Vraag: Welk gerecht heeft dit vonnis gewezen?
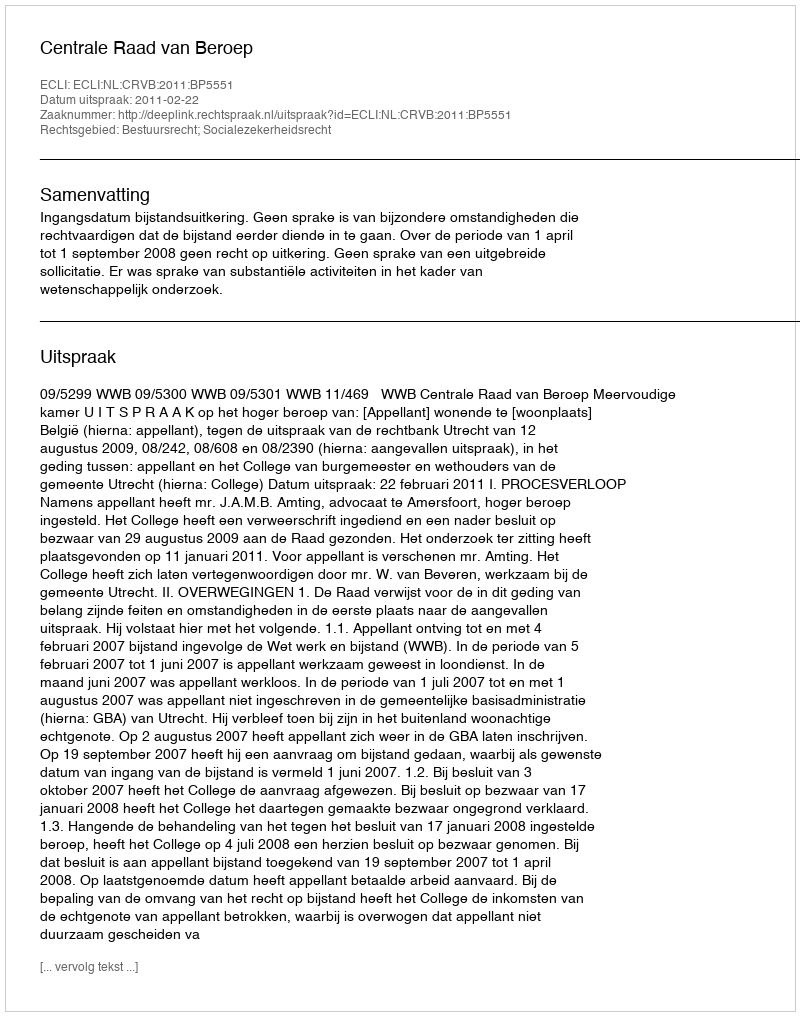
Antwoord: Centrale Raad van Beroep